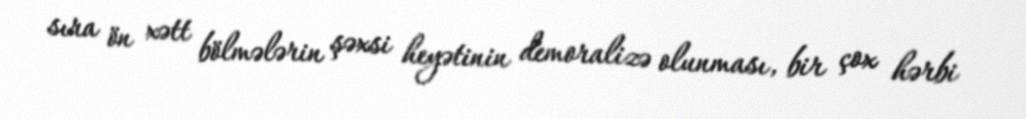
sıra ön xətt bölmələrin şəxsi heyətinin demoralizə olunması, bir çox hərbi